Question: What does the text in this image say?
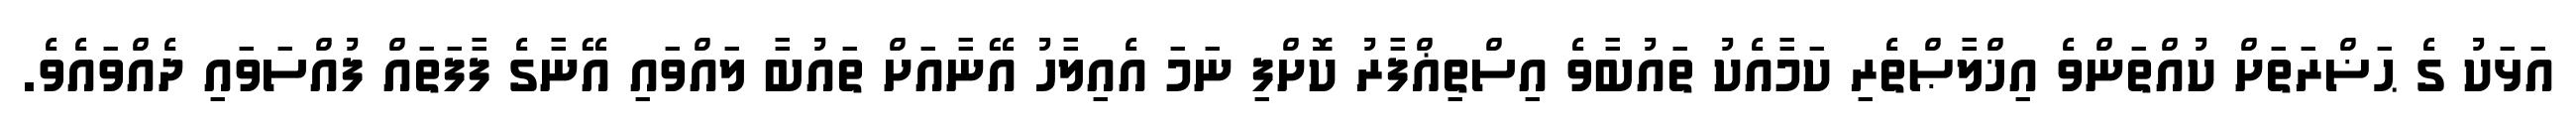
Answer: އަޅަކު ގެ ޙަޟްރަތަށް ކުއްތަންވެ އިޚްލާޞްތެރި ކަމާއެކު ތައުބާވެ އިސްތިޣްފާރު ކޮށްފި ނަމަ އެއިލާހު އޭނާއަށް ތައުބާ ލައްވައި އޭނާގެ ފާފަތައް ފުއްސަވައި ދެއްވައެވެ.